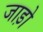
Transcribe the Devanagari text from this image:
जाड़ो